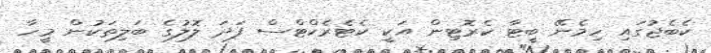
ކެބެޖުގައި ހިމެނޭ ބީޓާ ކެރޮޓިން އަކީ ކެޓެރެކްޓްސް ފަދަ ލޮލުގެ ބަލިތަކުން މީހާ